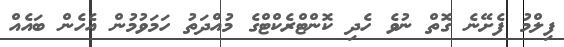
ފިލްމު ފެށޭނެ ގޮތް ނުވެ ހެދި ކޮންޓްރެކްޓްގެ މުއްދަތު ހަމަވުމުން އެހެން ބައެއް